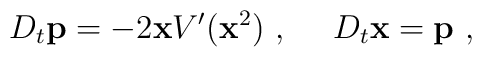
D_t{\bf p}=-2{\bf x}V'({\bf x}^2)\ ,\ \ \ \ D_t{\bf x}={\bf p}\ ,